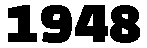
1948